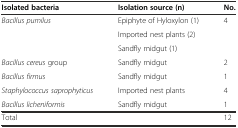
<table><thead><tr><td><b>Isolated bacteria</b></td><td><b>Isolation source (n)</b></td><td><b>No.</b></td></tr></thead><tbody><tr><td><i>Bacillus pumilus</i></td><td>Epiphyte of Hyloxylon (1)</td><td>4</td></tr><tr><td></td><td>Imported nest plants (2)</td><td></td></tr><tr><td></td><td>Sandfly midgut (1)</td><td></td></tr><tr><td><i>Bacillus cereus</i> group</td><td>Sandfly midgut</td><td>2</td></tr><tr><td><i>Bacillus firmus</i></td><td>Sandfly midgut</td><td>1</td></tr><tr><td><i>Staphylococcus saprophyticus</i></td><td>Imported nest plants</td><td>4</td></tr><tr><td><i>Bacillus licheniformis</i></td><td>Sandfly midgut</td><td>1</td></tr><tr><td>Total</td><td></td><td>12</td></tr></tbody></table>